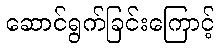
ဆောင်ရွက်ခြင်းကြောင့်